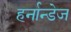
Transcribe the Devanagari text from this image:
हर्नान्डेज